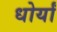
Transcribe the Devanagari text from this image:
धोर्यां